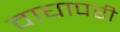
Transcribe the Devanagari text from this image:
वाघापरी